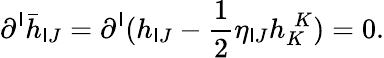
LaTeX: \partial^{\mathsf{I}}\bar{{h}}_{\mathsf{I}J}=\partial^{\mathsf{I}}(h_{\mathsf{I}J}-\frac{{1}}{{2}}\eta_{\mathsf{I}J}h_{K}^{\; K})=0.